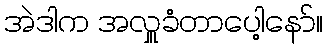
အဲဒါက အလှူခံတာပေါ့နော်။